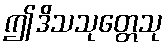
ဤဒိသသုတ္တေသု